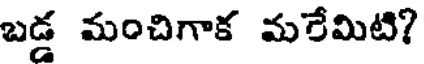
బడ్డ మంచిగాక మరేమిటి?